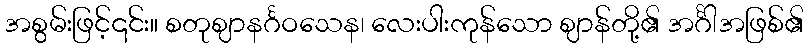
အစွမ်းဖြင့်၎င်း။ စတုဈာနင်္ဂဝသေန၊ လေးပါးကုန်သော ဈာန်တို့၏ အင်္ဂါအဖြစ်၏